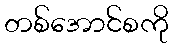
တစ်အောင်စကို